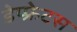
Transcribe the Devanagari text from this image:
डेप्फ्रेटस